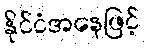
နိုင်ငံအနေဖြင့်